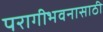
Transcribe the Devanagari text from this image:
परागीभवनासाठी